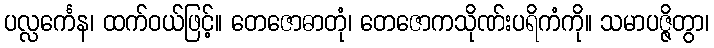
ပလ္လင်္ကေန၊ ထက်ဝယ်ဖြင့်။ တေဇောဓာတုံ၊ တေဇောကသိုဏ်းပရိကံကို။ သမာပဇ္ဇိတွာ၊